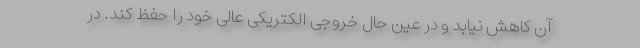
آن کاهش نیابد و در عین حال خروجی الکتریکی عالی خود را حفظ کند. در